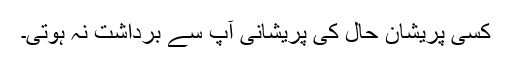
کسی پریشان حال کی پریشانی آپ سے برداشت نہ ہوتی۔